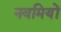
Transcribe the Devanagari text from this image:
नवमियों